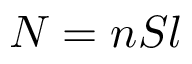
N = n S l